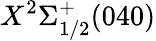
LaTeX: X^{2}\Sigma_{1/2}^{+}(040)